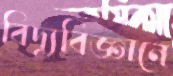
বিদ্যুবিজ্ঞানে